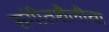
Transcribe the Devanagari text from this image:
संगीतशैलीचा